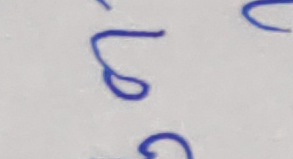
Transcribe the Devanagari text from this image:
ढ